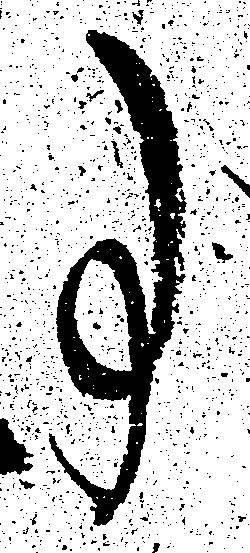
事